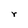
Character: r